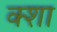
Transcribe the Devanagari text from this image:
क्शा